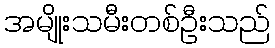
အမျိုးသမီးတစ်ဦးသည်